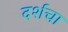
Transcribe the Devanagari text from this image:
दर्शचा